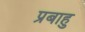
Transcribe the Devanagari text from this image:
प्रबाहु